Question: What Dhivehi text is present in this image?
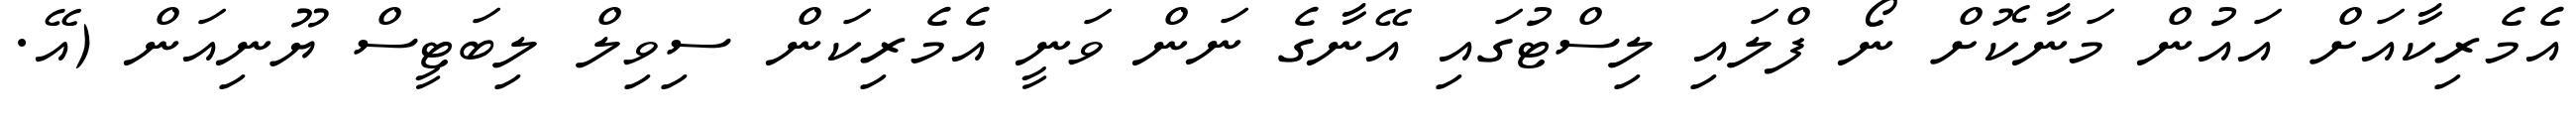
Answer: އެމެރިކާއަށް އައުން މަނާކޮށް ނޯ ފްލައި ލިސްޓުގައި އޭނާގެ ނަން ވަނީ އެމެރިކަން ސިވިލް ލިބަޓީސް ޔޫނިއަން (އޭ.